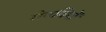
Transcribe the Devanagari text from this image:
रोगविषों